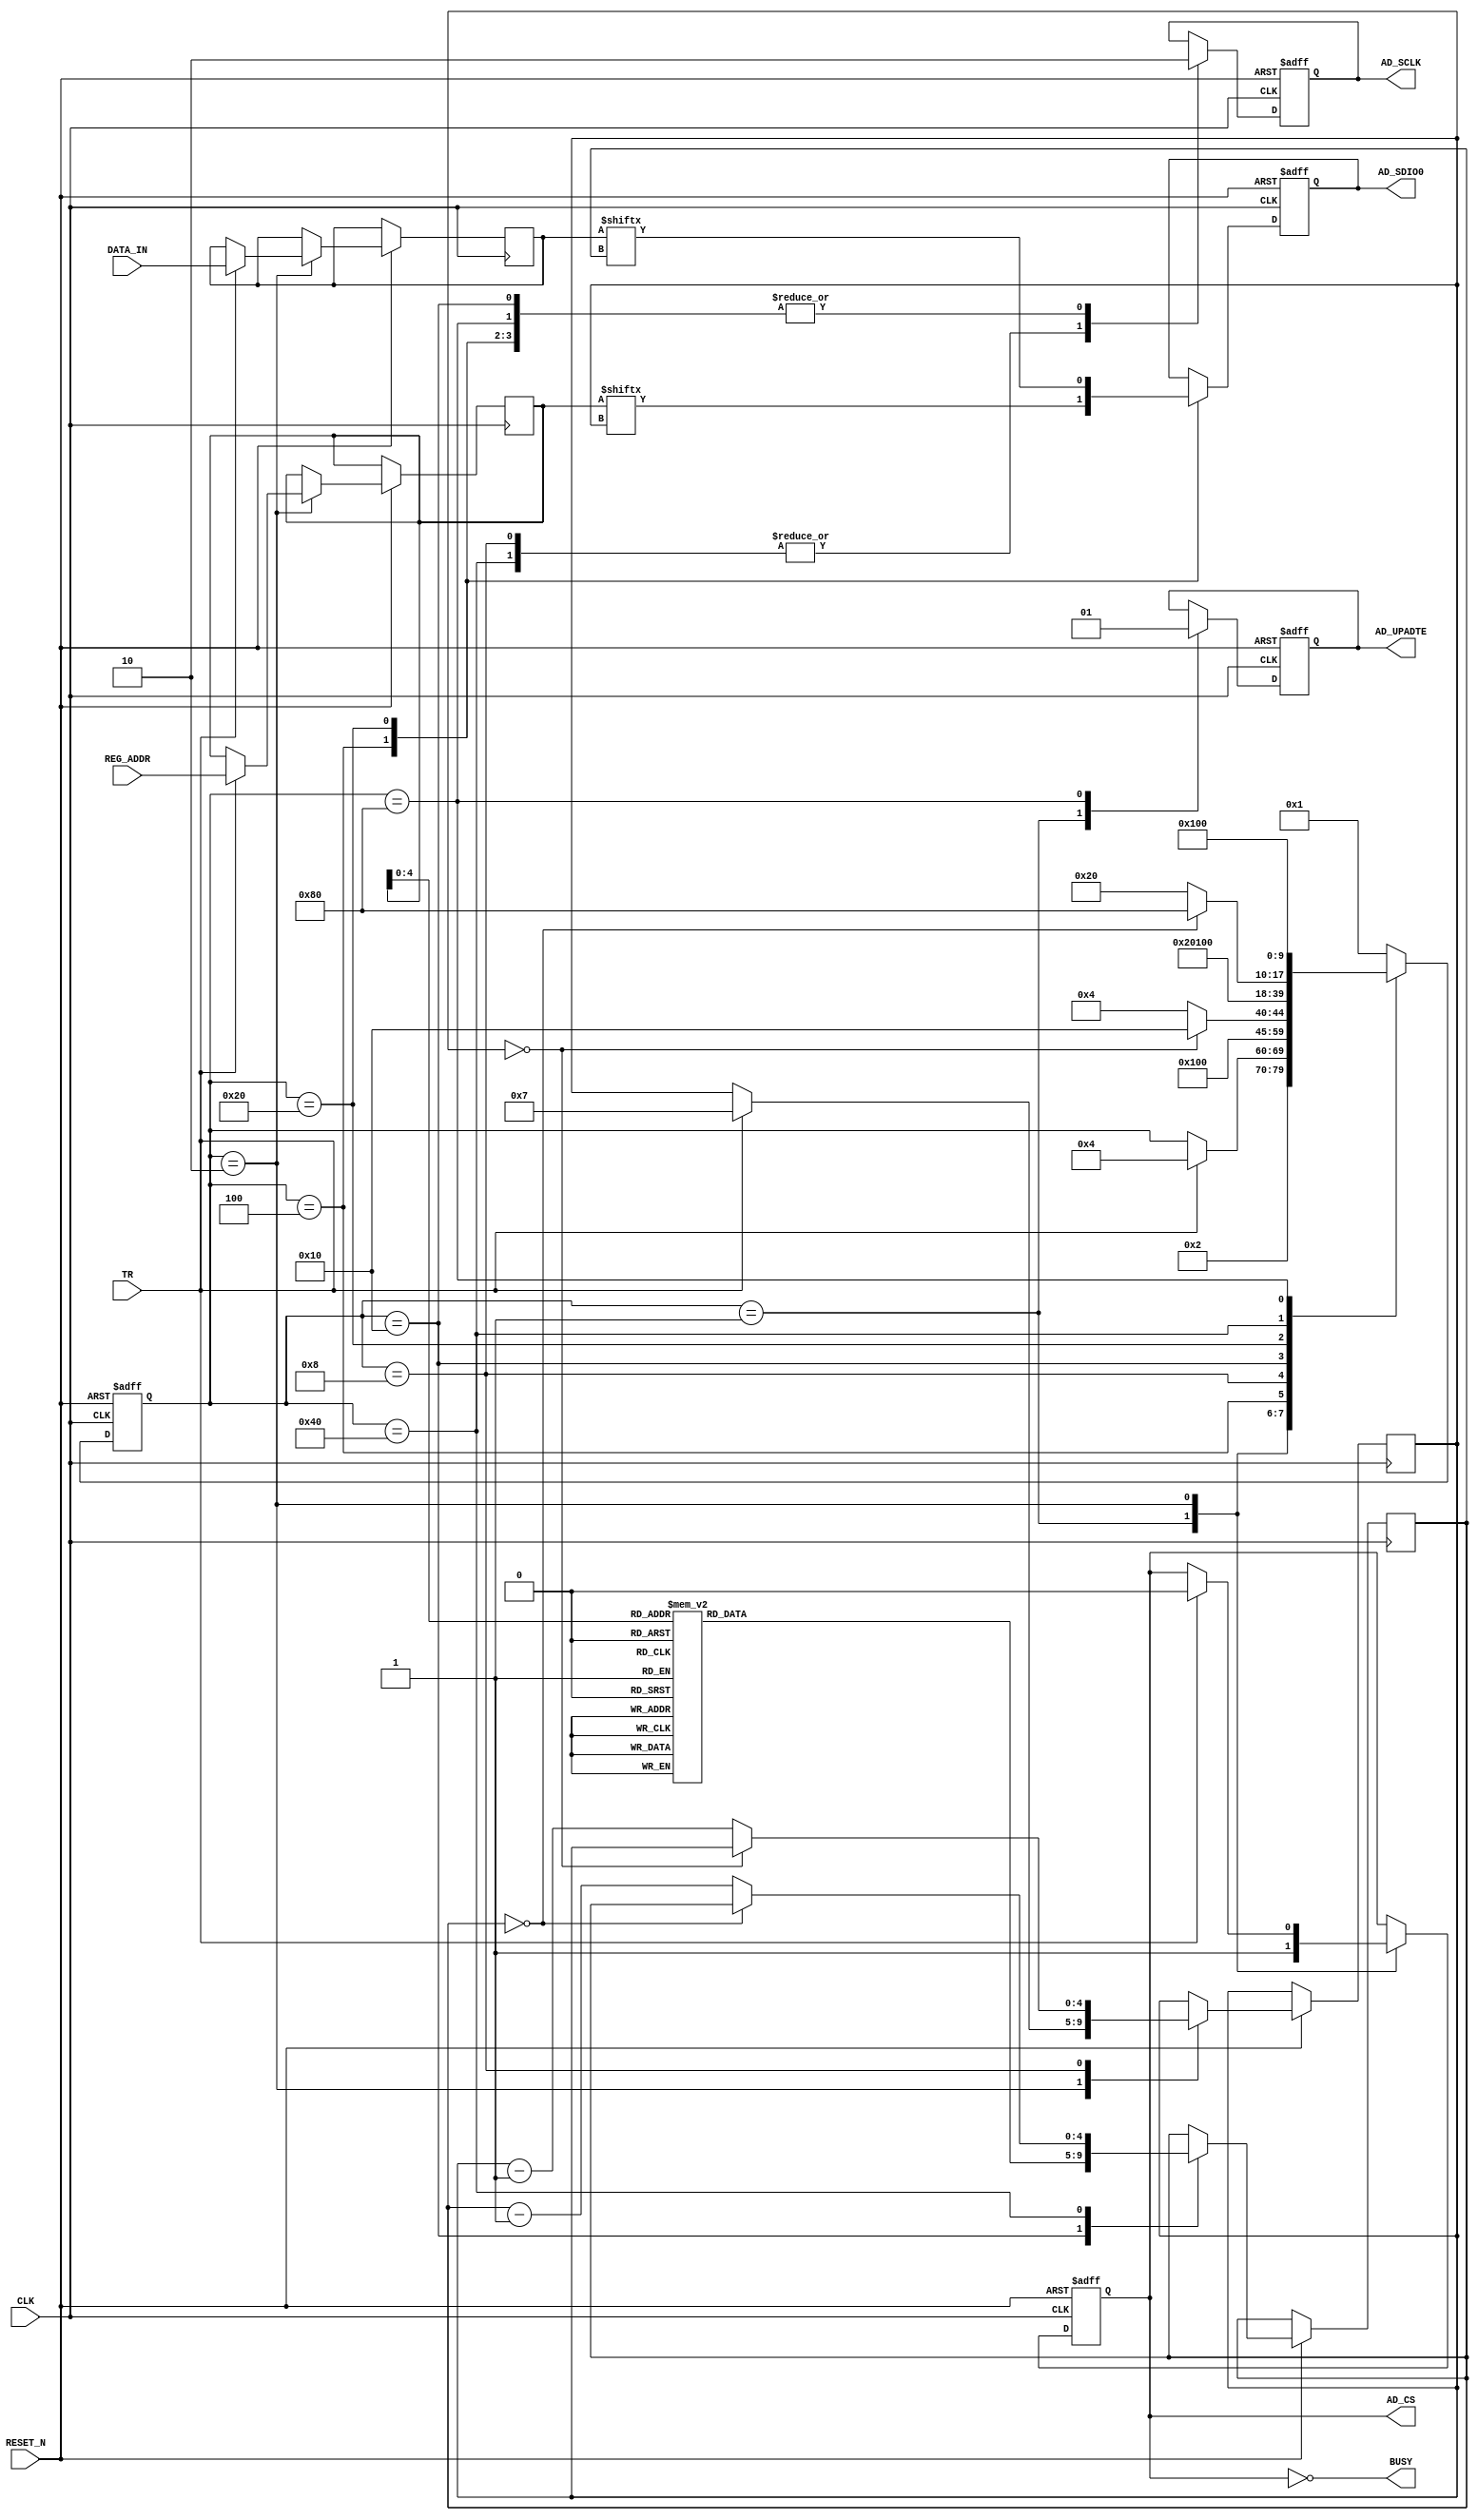
/*
AD9911 SPI to REGs
*/


module SPI_AD9911(
    input  wire            CLK,
    input  wire            RESET_N,
  //input  wire            R_W,
    input  wire            TR,
    input  wire  [ 7:0]    REG_ADDR,
    input  wire  [31:0]    DATA_IN,

  //output reg   [31:0]    DATA_OUT,
    output reg             AD_CS,
    output reg             AD_SCLK,
    output reg             AD_SDIO0,
  //output reg             AD_MSATEREST,
    output reg             AD_UPADTE,
    output wire            BUSY
    );


    // one-hot code
    localparam S0 = 9'b000000001;
    localparam S1 = 9'b000000010;
    localparam S2 = 9'b000000100;
    localparam S3 = 9'b000001000;
    localparam S4 = 9'b000010000;
    localparam S5 = 9'b000100000;
    localparam S6 = 9'b001000000;
    localparam S7 = 9'b010000000;
    localparam S8 = 9'b100000000;

    reg  [ 9:0]   state = 0;

    reg  [ 7:0]   addr = 0;
    reg  [31:0]   data = 0;
    reg  [ 4:0]   regBitWide[24:0];
    reg  [ 4:0]   curBit_addr = 0;
    reg  [ 4:0]   curBit_data = 0;


    assign  BUSY = !AD_CS;

    initial begin
        AD_CS <= 1;
        AD_SCLK <= 0;
        AD_SDIO0 <= 0;
        AD_UPADTE <= 0;
        regBitWide[0 ] <= 7; // 8    CSR
        regBitWide[1 ] <= 23;// 24   FR1
        regBitWide[2 ] <= 15;// 16   FR2
        regBitWide[3 ] <= 23;// 24   CFR
        regBitWide[4 ] <= 31;// 32   CTW0
        regBitWide[5 ] <= 15;// 16   CPOW0
        regBitWide[6 ] <= 23;// 24   ACR
        regBitWide[7 ] <= 15;// 16   LSR
        regBitWide[8 ] <= 31;// 32   RDW
        regBitWide[9 ] <= 31;// 32   FDW
        regBitWide[10] <= 31;// 32   CTW1
        regBitWide[11] <= 31;// 32   CTW2
        regBitWide[12] <= 31;// 32   CTW3
        regBitWide[13] <= 31;// 32   CTW4
        regBitWide[14] <= 31;// 32   CTW5
        regBitWide[15] <= 31;// 32   CTW6
        regBitWide[16] <= 31;// 32   CTW7
        regBitWide[17] <= 31;// 32   CTW8
        regBitWide[18] <= 31;// 32   CTW9
        regBitWide[19] <= 31;// 32   CTW10
        regBitWide[20] <= 31;// 32   CTW11
        regBitWide[21] <= 31;// 32   CTW12
        regBitWide[22] <= 31;// 32   CTW13
        regBitWide[23] <= 31;// 32   CTW14
        regBitWide[24] <= 31;// 32   CTW15
    end


    // transfer instructions and data by default mode in operation:
    //     1. Single-bit serial 2-wire mode ( CSR<2:1> = 00 )
    //     2. MSB-first: High fisrt, Low Last ( CSR<0> = 0 )
    //     3. wirte date to AD9911 on the rising edge of SCLK
    //     4. read date from AD9911 on the falling edge of SCLK
    always @(posedge CLK or negedge RESET_N) begin
        if (!RESET_N) begin
            state <= S0;
            AD_CS <= 1;
            AD_SCLK <= 0;
            AD_SDIO0 <= 0;
            AD_UPADTE <= 0;
        end else begin
            case(state)
                S0:	begin
                        AD_CS <= 1;
                        AD_SCLK <= 0;
                        AD_UPADTE <= 0;
                        state <= S1;
                    end
                S1:	begin
                        if (TR) begin
                            data <= DATA_IN;
                            addr <= REG_ADDR;
                            curBit_addr <= 7; // address(instructions) bit wide = 7
                            AD_CS <= 0;  // chip select on low level
                            state <= S2;
                        end
                    end
                /******************** WRITE INSTRUCTIONS ********************/
                S2:	begin
                        AD_SCLK <= 0;
                        AD_SDIO0 <= addr[curBit_addr];
                        state <= S3;
                    end
                S3:	begin
                        if (curBit_addr==0) begin
                            state <= S4;
                        end else begin
                            curBit_addr <= curBit_addr - 1;
                            state <= S2;
                        end
                        AD_SCLK <= 1;
                    end
                /************************ WRITE DATA ************************/
                S4: begin
                        AD_SCLK <= 0;
                        curBit_data <= regBitWide[addr]; // data bit wide = regBitWide
                        state <= S5;
                    end
                S5:	begin
                        AD_SCLK <= 0;
                        AD_SDIO0 <= data[curBit_data];
                        state <= S6;
                    end
                S6:	begin // MSB H->L
                        if (curBit_data==0) begin
                            state <= S7;
                        end else begin
                            curBit_data <= curBit_data - 1;
                            state <= S5;
                        end
                        AD_SCLK <= 1;
                    end
                /************************** UPADTE ************************/
                S7:	begin
                        AD_SCLK <= 0;
                        AD_UPADTE <= 1;
                        state <= S8;
                    end
                S8: begin
                        state <= S0;
                    end
                default:state <= S0;
		    endcase
        end
    end


endmodule // AD9911_DATA_ACCESS